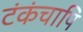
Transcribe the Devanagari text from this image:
टंकंचापि